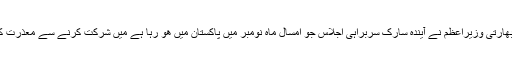
اس طرح بھارتی وزیراعظم نے آیندہ سارک سربراہی اجلاس جو امسال ماہ نومبر میں پاکستان میں ھو رہا ہے میں شرکت کرنے سے معذرت کر لی ھے۔